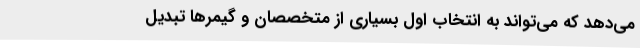
می‌دهد که می‌تواند به انتخاب اول بسیاری از متخصصان و گیمرها تبدیل